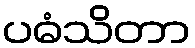
ပဓံသိတာ